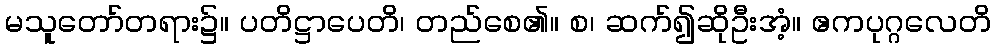
မသူတော်တရား၌။ ပတိဋ္ဌာပေတိ၊ တည်စေ၏။ စ၊ ဆက်၍ဆိုဦးအံ့။ ဧကပုဂ္ဂလေတိ